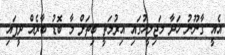
އެއީ ގާނޫނު ހަދާ މަޖިލީހުގައި އިރުމަތީ ބިތަށް މާ ބޮޑު ބާރެއް ދީފައި